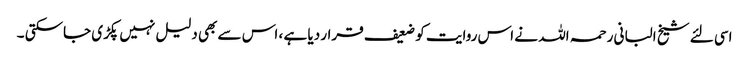
اسی لئے شیخ البانی رحمہ اللہ نے اس روایت کو ضعیف قرار دیا ہے ، اس سے بھی دلیل نہیں پکڑی جاسکتی ۔